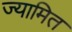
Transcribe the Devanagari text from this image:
ज्यामित